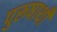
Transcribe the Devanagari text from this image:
पुरूषार्थी